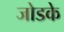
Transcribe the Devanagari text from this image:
जोडके